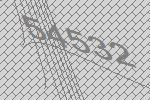
54532